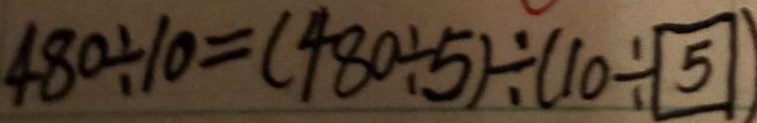
4 8 0 \div 1 0 = ( 4 8 0 \div 5 ) \div ( 1 0 \div \textcircled { 5 } )